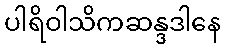
ပါရိဝါသိကဆန္ဒဒါနေ